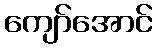
ကျော်အောင်